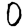
Digit: 0